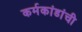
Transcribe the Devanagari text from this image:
कर्मकांडांची